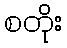
စတိုး